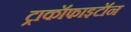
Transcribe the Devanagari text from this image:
ट्राकॉफाइटॉन